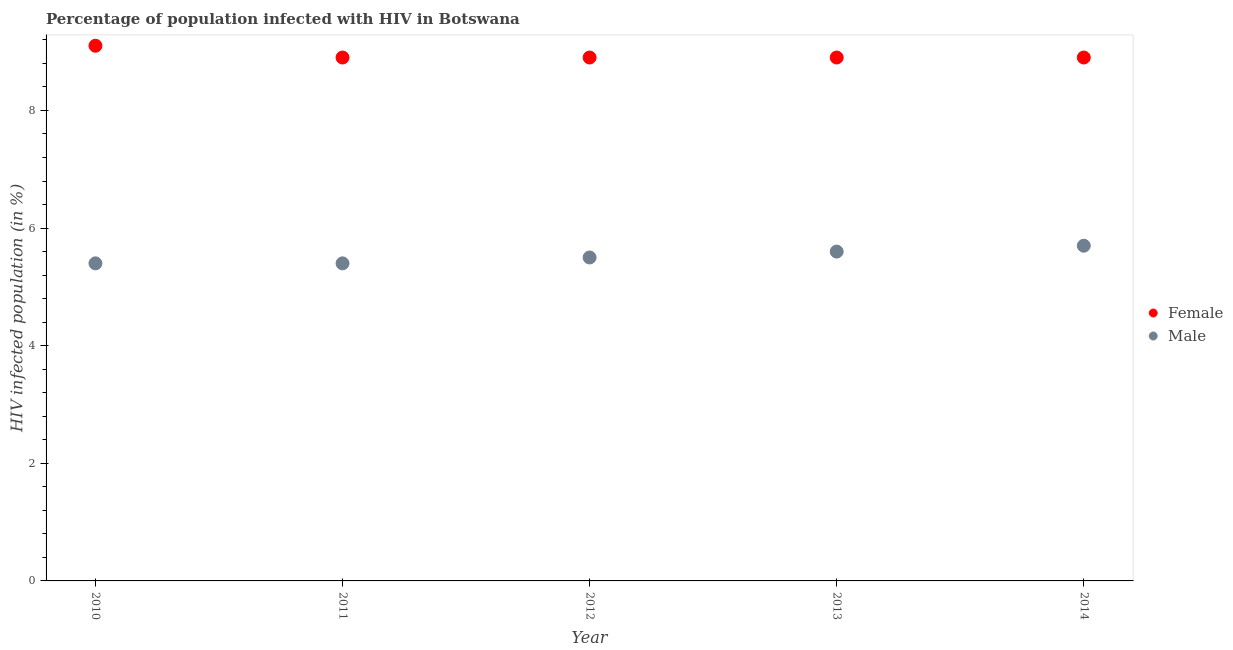
| Year | Female | Male |
 | --- | --- | --- |
 | 2010 | 9.1 | 5.4 |
 | 2011 | 8.9 | 5.4 |
 | 2012 | 8.9 | 5.5 |
 | 2013 | 8.9 | 5.6 |
 | 2014 | 8.9 | 5.7 |